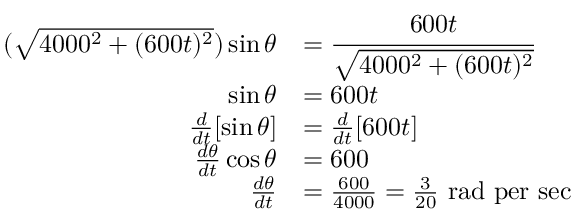
\begin{array} { r l } { ( \sqrt { 4 0 0 0 ^ { 2 } + ( 6 0 0 t ) ^ { 2 } } ) \sin \theta } & { = \cfrac { 6 0 0 t } { \sqrt { 4 0 0 0 ^ { 2 } + ( 6 0 0 t ) ^ { 2 } } } } \\ { \sin \theta } & { = 6 0 0 t } \\ { \frac { d } { d t } [ \sin \theta ] } & { = \frac { d } { d t } [ 6 0 0 t ] } \\ { \frac { d \theta } { d t } \cos \theta } & { = 6 0 0 } \\ { \frac { d \theta } { d t } } & { = \frac { 6 0 0 } { 4 0 0 0 } = \frac { 3 } { 2 0 } \mathrm { ~ r a d ~ p e r ~ s e c } } \end{array}